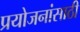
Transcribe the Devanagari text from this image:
प्रयोजनांसाठी